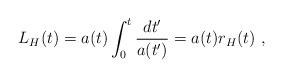
LaTeX: \begin{align*} L_H(t) = a(t) \int^t_{0} \frac{dt'}{a(t')} = a(t)r_H(t) \ ,\end{align*}